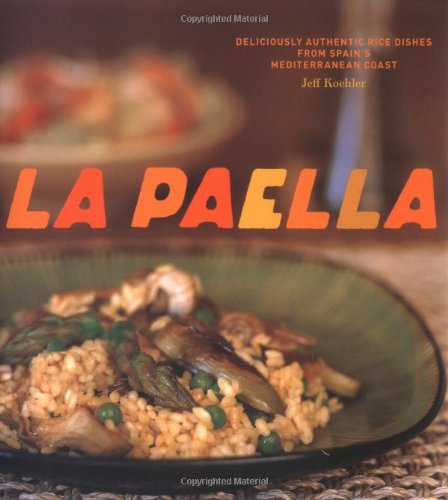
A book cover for La Paella: Deliciously Authentic Rice Dishes from Spain's Mediterranean Coast; Jeff Koehler; Cookbooks, Food & Wine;